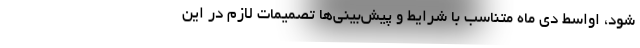
شود، اواسط دی ماه متناسب با شرایط و پیش‌بینی‌ها تصمیمات لازم در این